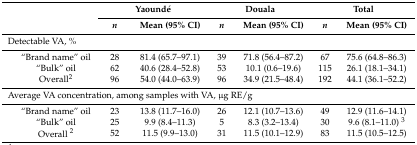
<table><thead><tr><td rowspan="2" colspan="2"></td><td colspan="2"><b>Yaoundé</b></td><td colspan="2"><b>Douala</b></td><td colspan="2"><b>Total</b></td></tr><tr><td><b><i>n</i></b></td><td><b>Mean (95% CI)</b></td><td><b><i>n</i></b></td><td><b>Mean (95% CI)</b></td><td><b><i>n</i></b></td><td><b>Mean (95% CI)</b></td></tr></thead><tbody><tr><td colspan="8">Detectable VA, %</td></tr><tr><td></td><td>“Brand name” oil</td><td>28</td><td>81.4 (65.7–97.1)</td><td>39</td><td>71.8 (56.4–87.2)</td><td>67</td><td>75.6 (64.8–86.3)</td></tr><tr><td></td><td>“Bulk” oil</td><td>62</td><td>40.6 (28.4–52.8)</td><td>53</td><td>10.1 (0.6–19.6)</td><td>115</td><td>26.1 (18.1–34.1)</td></tr><tr><td></td><td>Overall<sup>2</sup></td><td>96</td><td>54.0 (44.0–63.9)</td><td>96</td><td>34.9 (21.5–48.4)</td><td>192</td><td>44.1 (36.1–52.2)</td></tr><tr><td colspan="8">Average VA concentration, among samples with VA, μg RE/g</td></tr><tr><td></td><td>“Brand name” oil</td><td>23</td><td>13.8 (11.7–16.0)</td><td>26</td><td>12.1 (10.7–13.6)</td><td>49</td><td>12.9 (11.6–14.1)</td></tr><tr><td></td><td>“Bulk” oil</td><td>25</td><td>9.9 (8.4–11.3)</td><td>5</td><td>8.3 (3.2–13.4)</td><td>30</td><td>9.6 (8.1–11.0) <sup>3</sup></td></tr><tr><td></td><td>Overall <sup>2</sup></td><td>52</td><td>11.5 (9.9–13.0)</td><td>31</td><td>11.5 (10.1–12.9)</td><td>83</td><td>11.5 (10.5–12.5)</td></tr></tbody></table>